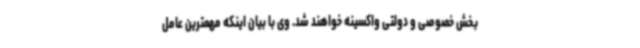
بخش خصوصی و دولتی واکسینه خواهند شد. وی با بیان اینکه مهمترین عامل